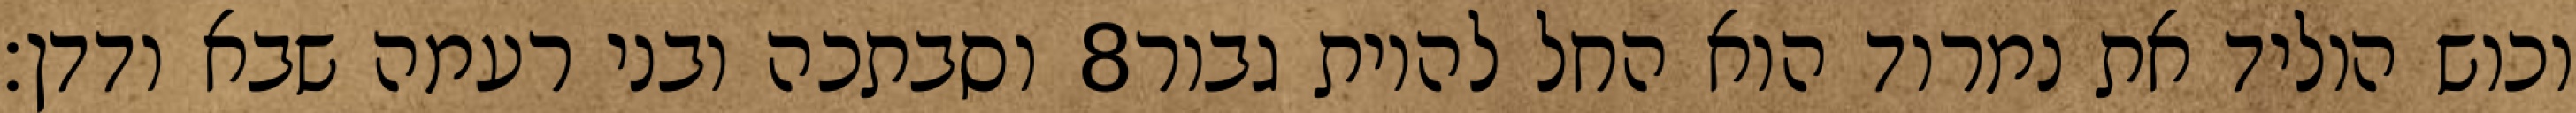
וסבתכה ובני רעמה שבא ודדן׃ ‎8‏ וכוש הוליד את נמרוד הוא החל להיות גבור